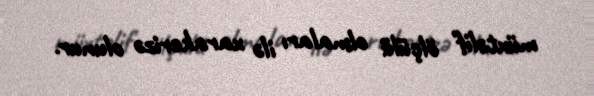
müxtəlif ölçülü olmaları ilə xarakerizə olunur.